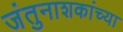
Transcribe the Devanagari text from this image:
जंतुनाशकांच्या